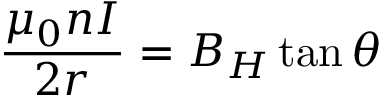
{ \frac { \mu _ { 0 } n I } { 2 r } } = B _ { H } \tan \theta